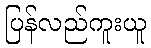
ပြန်လည်ကူးယူ